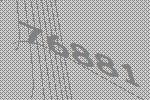
76881